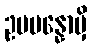
ဥပပန္နောမှိ